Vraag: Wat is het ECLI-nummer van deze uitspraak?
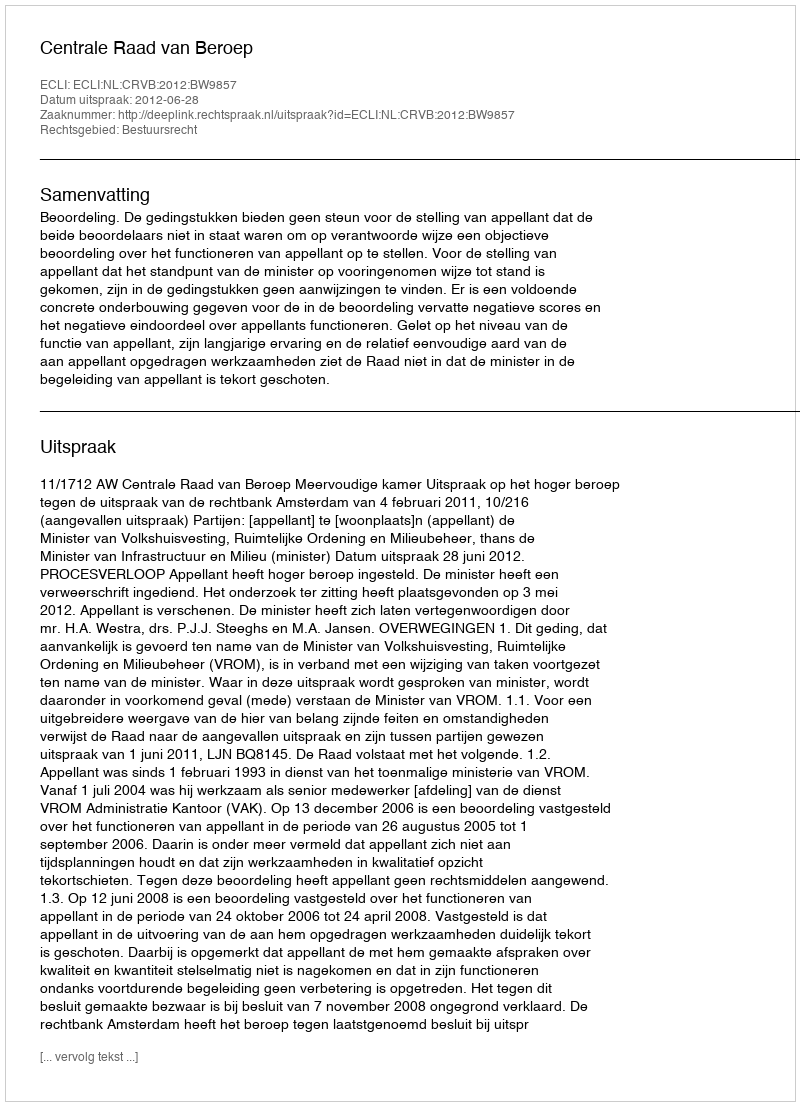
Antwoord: ECLI:NL:CRVB:2012:BW9857